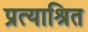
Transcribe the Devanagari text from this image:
प्रत्याश्रित